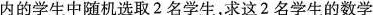
内的学生中随机选取2名学生，求这2名学生的数学